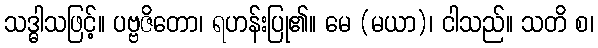
သဒ္ဓါသဖြင့်။ ပဗ္ဗဇိတော၊ ရဟန်းပြု၏။ မေ (မယာ)၊ ငါသည်။ သတိ စ၊